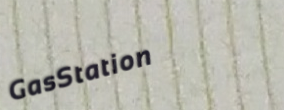
GasStation